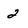
Character: 2